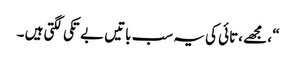
“ ، مجھے ،تائی کی یہ سب باتیں بے تکی لگتی ہیں ۔